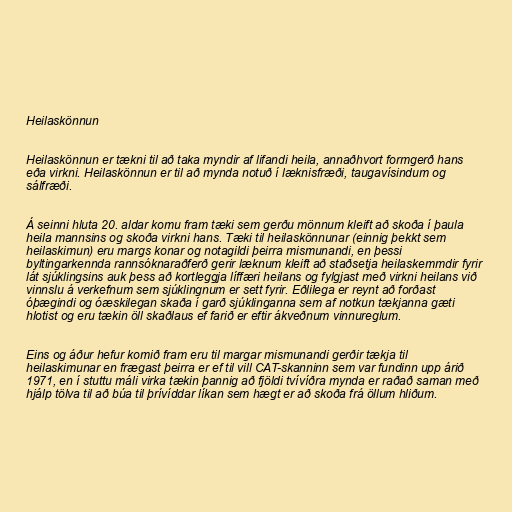
Heilaskönnun

Heilaskönnun er tækni til að taka myndir af lifandi heila, annaðhvort formgerð hans
eða virkni. Heilaskönnun er til að mynda notuð í læknisfræði, taugavísindum og
sálfræði.

Á seinni hluta 20. aldar komu fram tæki sem gerðu mönnum kleift að skoða í þaula
heila mannsins og skoða virkni hans. Tæki til heilaskönnunar (einnig þekkt sem
heilaskimun) eru margs konar og notagildi þeirra mismunandi, en þessi
byltingarkennda rannsóknaraðferð gerir læknum kleift að staðsetja heilaskemmdir fyrir
lát sjúklingsins auk þess að kortleggja líffæri heilans og fylgjast með virkni heilans við
vinnslu á verkefnum sem sjúklingnum er sett fyrir. Eðlilega er reynt að forðast
óþægindi og óæskilegan skaða í garð sjúklinganna sem af notkun tækjanna gæti
hlotist og eru tækin öll skaðlaus ef farið er eftir ákveðnum vinnureglum.

Eins og áður hefur komið fram eru til margar mismunandi gerðir tækja til
heilaskimunar en frægast þeirra er ef til vill CAT-skanninn sem var fundinn upp árið
1971, en í stuttu máli virka tækin þannig að fjöldi tvívíðra mynda er raðað saman með
hjálp tölva til að búa til þrívíddar líkan sem hægt er að skoða frá öllum hliðum.